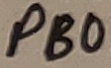
Text: PB0